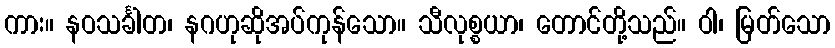
ကား။ နဝသင်္ခါတ၊ နဂဟုဆိုအပ်ကုန်သော။ သီလုစ္စယာ၊ တောင်တို့သည်။ ဝါ၊ မြတ်သော